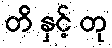
တိ နှင့် တု